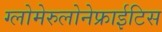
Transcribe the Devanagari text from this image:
ग्लोमेरुलोनेफ्राईटिस